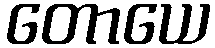
တောယေ